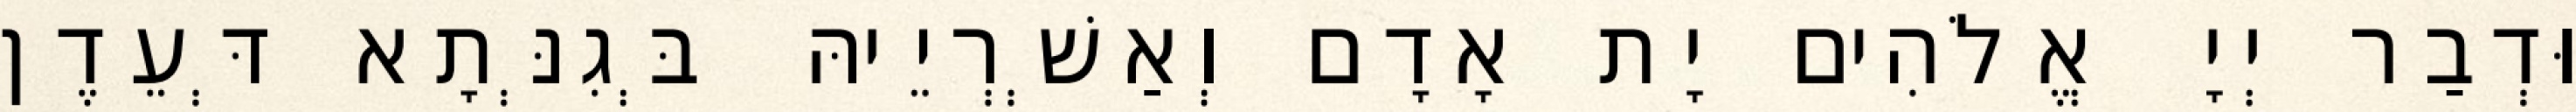
וּדְבַר יְיָ אֱלֹהִים יָת אָדָם וְאַשְׁרְיֵיהּ בְּגִנְּתָא דְּעֵדֶן